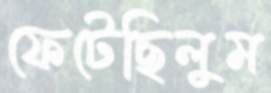
ফেটেছিলুম